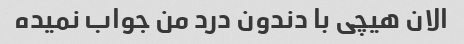
الان هیچی با دندون درد من جواب نمیده